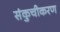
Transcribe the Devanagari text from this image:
संकुचीकरण